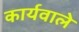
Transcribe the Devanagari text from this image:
कार्यवाले